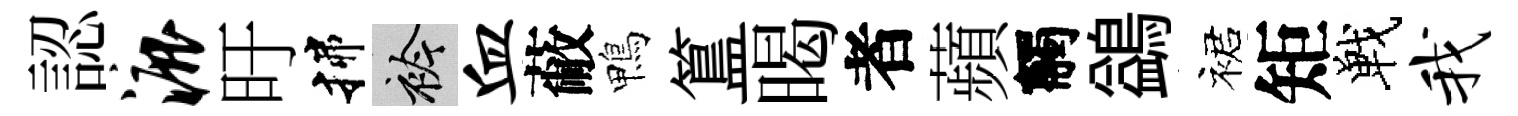
認漉旴揲衿血蔽鴨簋暍者蘋觸鷁裙矩戰我